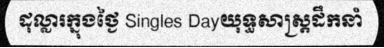
ដុល្លារក្នុងថ្ងៃ Singles Dayយុទ្ធសាស្ត្រដឹកនាំ